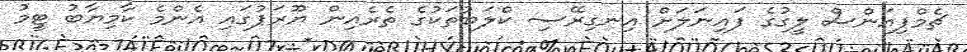
ޗެމްޕިއަންސް ލީގުގެ ފައިނަލަށް އިނގިރޭސި ކްލަބުތަކުގެ ތެރެއިން ޔޫރަޕުގައި އެންމެ ކާމިޔާބު ޓީމު